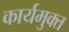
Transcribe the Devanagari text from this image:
कार्यमुक्‍त